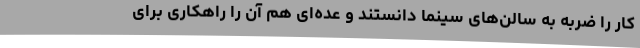
کار را ضربه به سالن‌های سینما دانستند و عده‌ای هم آن را راهکاری برای